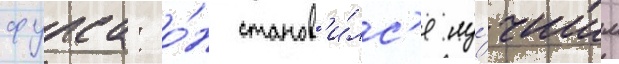
фурса: о́н станов'и́лс'я лу́чшим